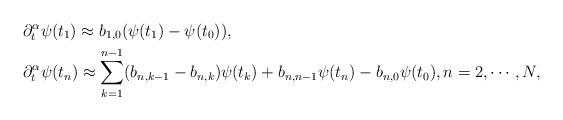
LaTeX: \begin{align*} & \partial_t^\alpha \psi(t_1) \approx b_{1,0} (\psi(t_1) - \psi(t_0)),\\ & \partial_t^\alpha \psi(t_n) \approx \sum_{k=1}^{n-1} (b_{n,k-1} - b_{n,k}) \psi(t_k) + b_{n,n-1}\psi(t_n) - b_{n,0} \psi(t_0) , n=2,\cdots, N,\end{align*}